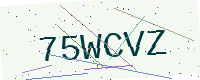
Text: 75WCVZ